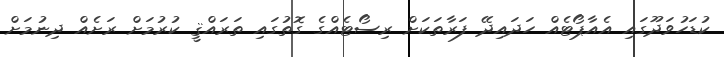
ކުޑަހުވަދޫގައި އެއާޕޯޓެއް ހަދައިދޭ ފަރާތަކަށް ރިސޯޓެއްގެ ގޮތުގައި ތަރައްޤީ ކުރުމަށް ރަށެއް ދިނުމަށް